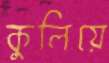
কুলিয়ে